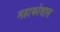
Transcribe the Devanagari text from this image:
महाकोशास